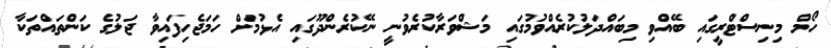
ހޯމް މިނިސްޓްރީގައި ބޭއްވި މިބައްދަލުކުރެއްވުމުގައި މަޝްވަރާކުރެވުނީީ ނޭކުރެންދޫގައި އެޅުމަށް ހަމަޖެހިފައިވާ ޖަލުގެ ކަންތައްތަކާ